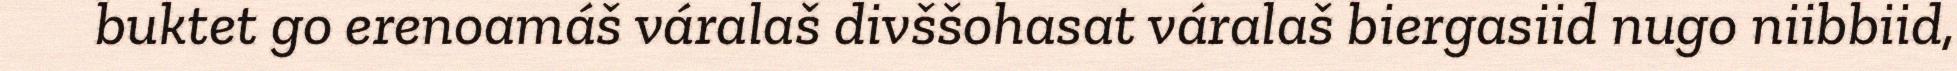
buktet go erenoamáš váralaš divššohasat váralaš biergasiid nugo niibbiid,